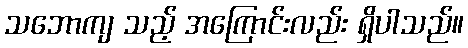
သဘောကျ သည့် အကြောင်းလည်း ရှိပါသည်။